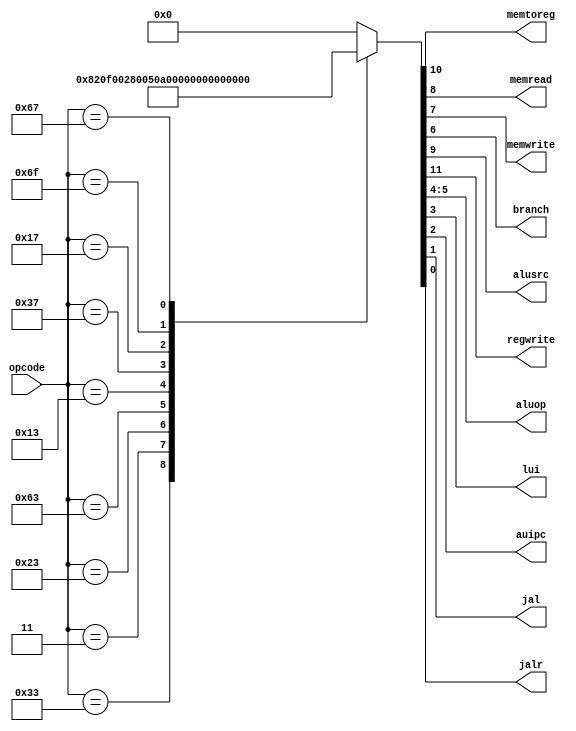
module Control ( opcode,
					  memtoreg,
					  memread,
					  memwrite,
					  branch,
					  alusrc,
					  regwrite,
					  aluop,
					  lui,
					  auipc,
					  jal,
					  jalr
					  );
					  
input wire[6:0] opcode;

output wire memtoreg;
output wire memread;
output wire memwrite;
output wire branch;
output wire alusrc;
output wire regwrite;
output wire[1:0] aluop;

output wire lui;
output wire auipc;
output wire jal;
output wire jalr;

reg[11:0] controls;
assign {regwrite,memtoreg,alusrc,memread,memwrite,branch,aluop,lui,auipc,jal,jalr} = controls;

always @(*) 
begin
	case (opcode)
		7'b0110011:controls <= 12'b10000010_0000;//R-type
		7'b0000011:controls <= 12'b11110000_0000;//LW
		7'b0100011:controls <= 12'b00101000_0000;//SW
		7'b1100011:controls <= 12'b00000101_0000;//B-type
		7'b0010011:controls <= 12'b10100011_0000;//I-type
		
		7'b0110111:controls <= 12'b10100000_1000;//lui
		7'b0010111:controls <= 12'b10100000_0100;//auipc		
		7'b1101111:controls <= 12'b10100000_0010;//JAL
		7'b1100111:controls <= 12'b10100000_0001;//JALR
		
		default:  controls <= 12'b00000000_0000;//illegal op
	endcase
end
endmodule